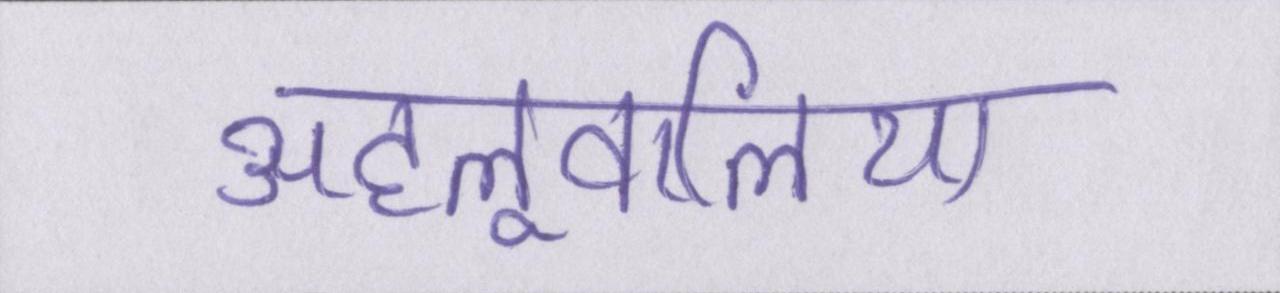
अहलूवालिया